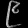
Digit: ၉